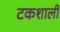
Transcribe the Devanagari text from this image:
टकशाली